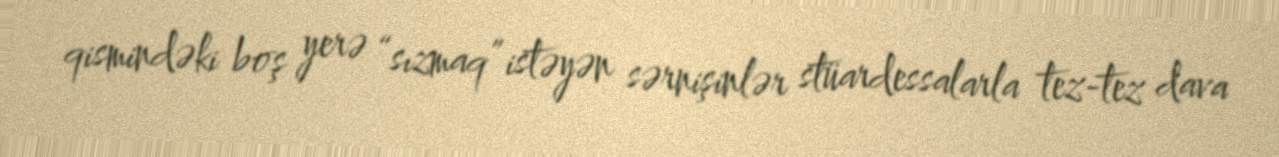
qismindəki boş yerə “sızmaq” istəyən sərnişinlər stüardessalarla tez-tez dava